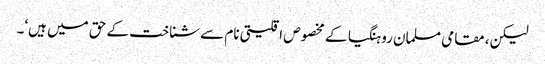
لیکن، مقامی مسلمان روہنگیا کے مخصوص اقلیتی نام سے شناخت کے حق میں ہیں‘۔